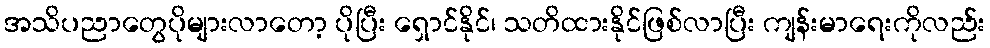
အသိပညာတွေပိုများလာတော့ ပိုပြီး ရှောင်နိုင်၊ သတိထားနိုင်ဖြစ်လာပြီး ကျန်းမာရေးကိုလည်း